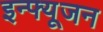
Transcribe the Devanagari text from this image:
इन्फ्यूजन